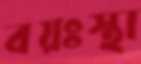
বয়ঃস্থা